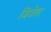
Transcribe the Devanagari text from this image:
जिजेता